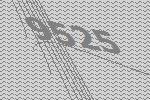
9525